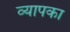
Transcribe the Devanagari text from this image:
व्यापका